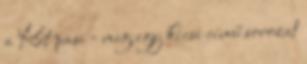
a Két pasi - meg egy kicsi című sorozat